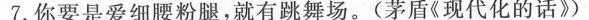
7.你要是爱细腰粉腿，就有跳舞场。(茅盾《现代化的话》